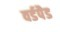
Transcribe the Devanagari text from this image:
वर्डपैड